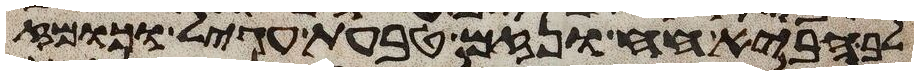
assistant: לב הביא חח ונזם טבעת עגיל וכומז